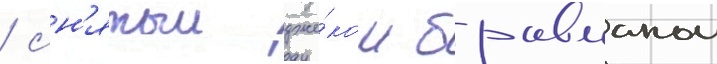
/ сн'ятыи дже́ком бравманом